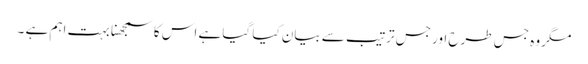
مگر وہ جس طرح اور جس ترتیب سے بیان کیا گیا ہے اس کا سمجھنا بہت اہم ہے ۔